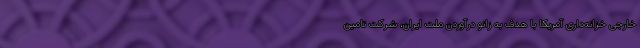
خارجی خزانه‌داری آمریکا با هدف به زانو درآوردن ملت ایران، شرکت تامین